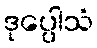
ဒုပ္ပေါသံ